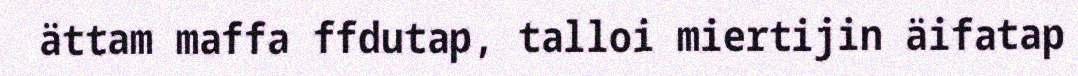
ättam maffa ffdutap, talloi miertijin äifatap